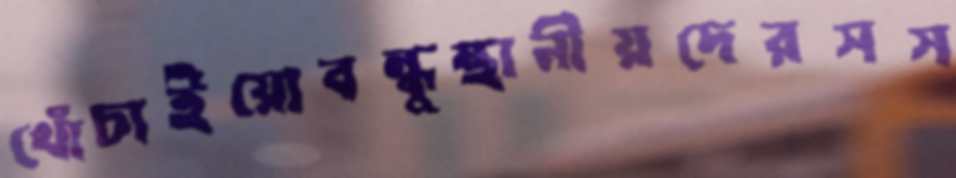
খোঁচাইয়োবন্ধুস্থানীয়দেরসস